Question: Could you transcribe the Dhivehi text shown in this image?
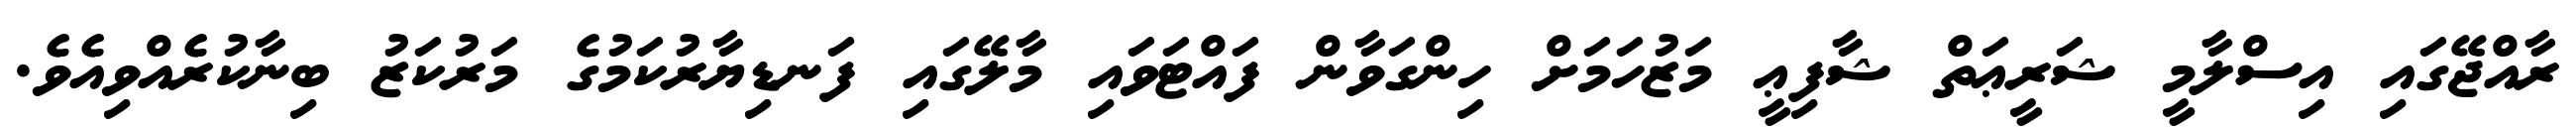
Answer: ރާއްޖޭގައި އިސްލާމީ ޝަރީޢަތް ޝާފިޢީ މަޒުހަމަށް ހިންގަވާން ފައްޓަވައި މާލޭގައި ފަނޑިޔާރުކަމުގެ މަރުކަޒު ބިނާކުރެއްވިއެވެ.